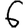
Digit: 6